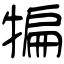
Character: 犏